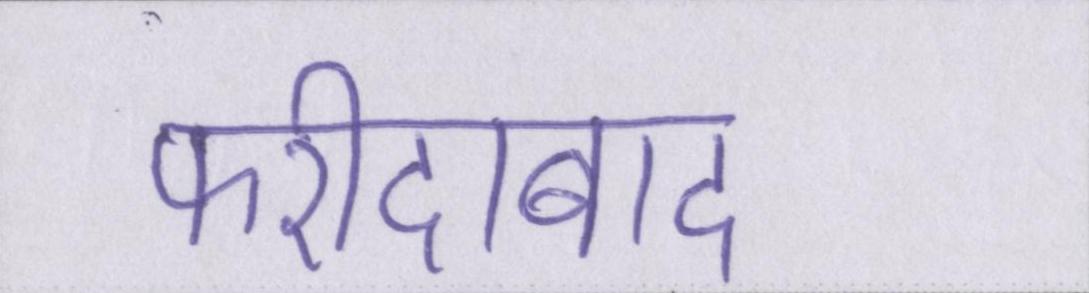
फरीदाबाद